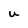
Character: U